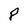
Character: P